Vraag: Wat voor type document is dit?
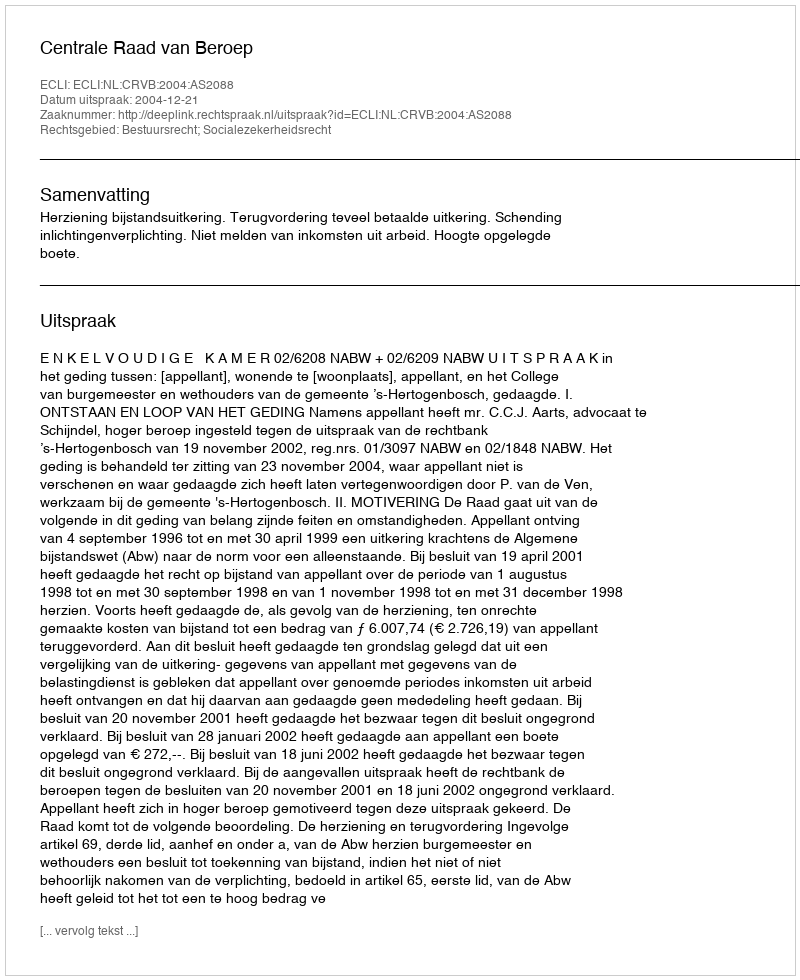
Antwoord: Uitspraak